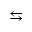
\leftrightarrows